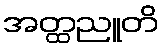
အတ္ထညူတိ